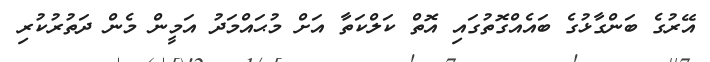
އޭރުގެ ބަންގާޅުގެ ބައެއްގޮތުގައި އޮތް ކަލްކަތާ އަށް މުޙައްމަދު އަމީން މެން ދަތުރުކުރި